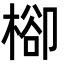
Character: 㮝